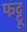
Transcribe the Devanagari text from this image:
फट्टू